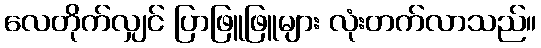
လေတိုက်လျှင် ပြာဖြူဖြူများ လုံးတက်လာသည်။